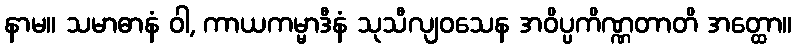
နာမ။ သမာဓာနံ ဝါ, ကာယကမ္မာဒီနံ သုသီလျဝသေန အဝိပ္ပကိဏ္ဏတာတိ အတ္ထော။